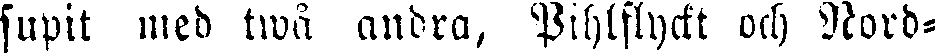
supit med twå andra, Pihlflyckt och Nord-